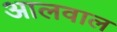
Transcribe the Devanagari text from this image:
आलवाल